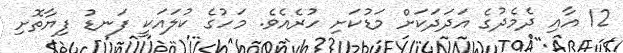
12 އާއި ދެމެދުގެ އަދަދަކަށް މަޑުކަށި ހުރެއެވެ. މަހުގެ ކުލައަކީ ފަނޑު ފިޔާތޮށި